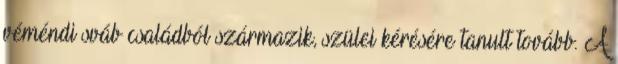
véméndi sváb családból származik, szülei kérésére tanult tovább. A